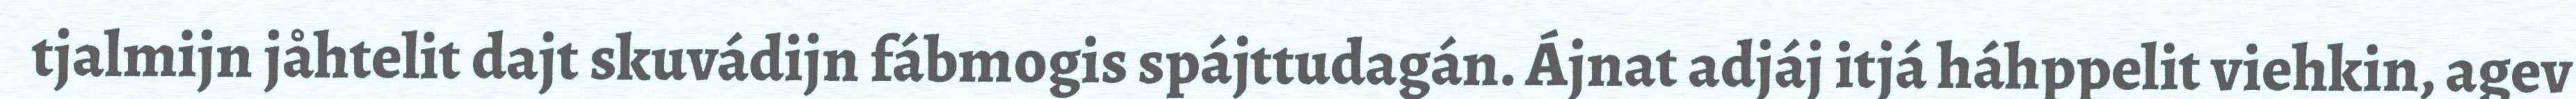
tjalmijn jåhtelit dajt skuvádijn fábmogis spájttudagán. Ájnat adjáj itjá háhppelit viehkin, agev